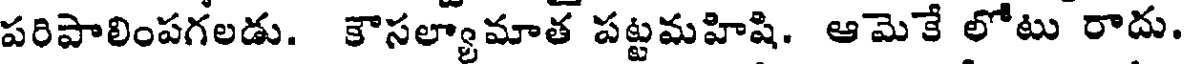
పరిపాలింపగలడు. కౌసల్యామాత పట్టమహిషి. ఆమెకే లోటు రాదు.